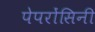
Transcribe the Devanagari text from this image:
पेपरोंसिनी